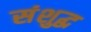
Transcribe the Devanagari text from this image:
संशुद्ध